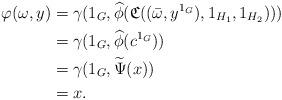
LaTeX: \begin{align*}\varphi(\omega,y) & = \gamma(1_G,\widehat{\phi}(\mathfrak{C}((\bar{\omega},y^{1_G}),1_{H_1},1_{H_2})))\\& = \gamma(1_G,\widehat{\phi}(c^{1_G})) \\& = \gamma(1_G,\widetilde{\Psi}(x)) \\& = x.\end{align*}